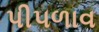
પી૫ળાવ